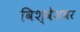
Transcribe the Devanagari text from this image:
विश्वेशवर